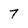
Character: 7